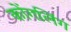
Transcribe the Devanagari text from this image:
कोंगलिंग